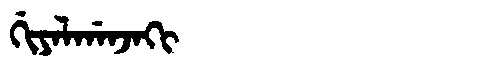
Manchu: ᡤᡳᠶᠠᠯᡤᠠᠨᠵᠠᡴᡳ
Romanization: GIYALGANJAKI